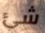
شئ